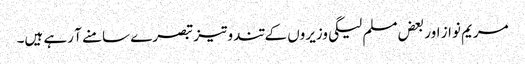
مریم نواز اور بعض مسلم لیگی وزیروں کے تند و تیز تبصرے سامنے آ رہے ہیں۔